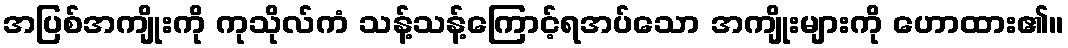
အပြစ်အကျိုးကို ကုသိုလ်ကံ သန့်သန့်ကြောင့်ရအပ်သော အကျိုးများကို ဟောထား၏။